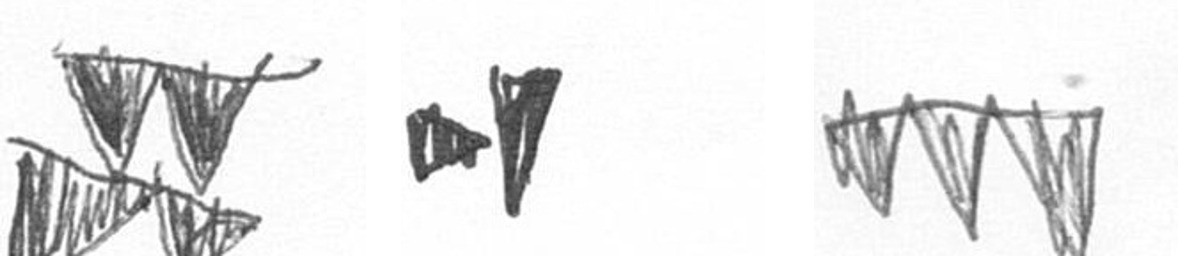
B M L